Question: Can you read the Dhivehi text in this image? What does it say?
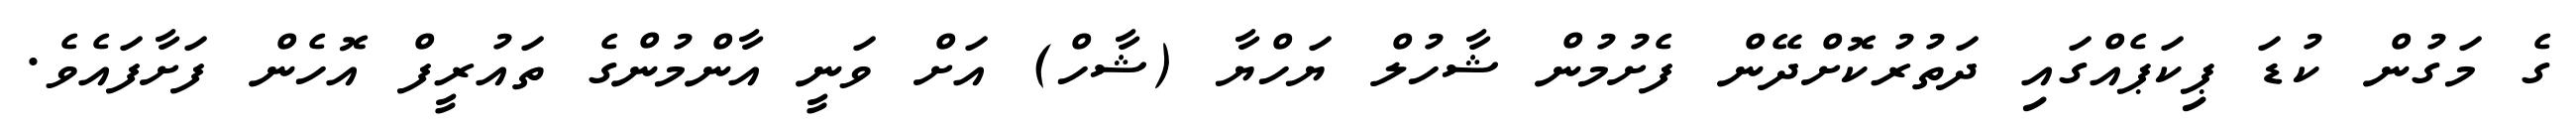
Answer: ގެ މަގުން ކުޑަ ޕިކަޕެއްގައި ދަތުރުކޮށްދޭން ފެށުމުން ޝާހުލް ޔަހްޔާ (ޝާހް) އަށް ވަނީ އާންމުންގެ ތައުރީފް އޮހެން ފަށާފައެވެ.